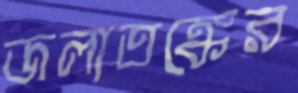
জলাতঙ্কের